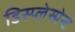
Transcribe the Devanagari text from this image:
डिस्प्लेस्मेन्ट